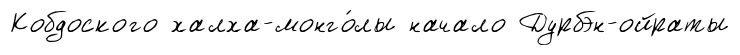
Кобдоского халха-монго́лы начало Дурбэн-ойраты